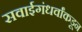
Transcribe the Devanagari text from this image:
सवाईगंधर्वांकडून